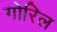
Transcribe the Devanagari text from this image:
गोरिल